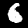
Label: 6